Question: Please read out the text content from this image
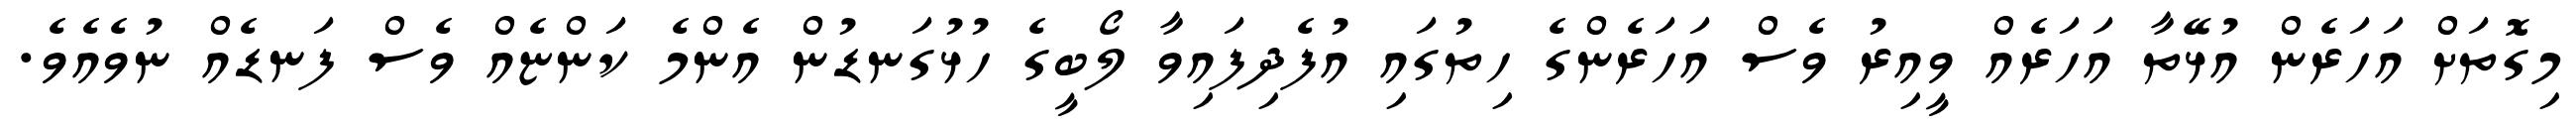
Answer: މިގޮތަށް އަހަރެން އުޅޭތާ އަހަރެއް ވީއިރު ވެސް އަހަރެންގެ ހިތުގައި އުފެދިފައިވާ ލޯބީގެ ހުޅުގަނޑުން އެންމެ ކަންޏެއް ވެސް ފަނޑެއް ނުވެއެވެ.